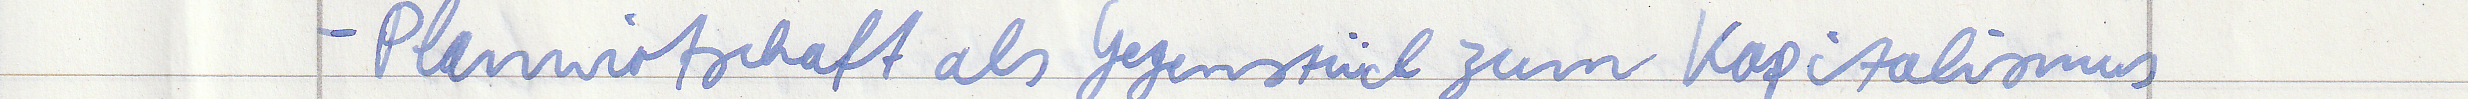
- Planwirtschaft als Gegenstück zum Kapitalismus